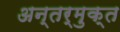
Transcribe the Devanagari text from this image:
अन्तर्मुक्त